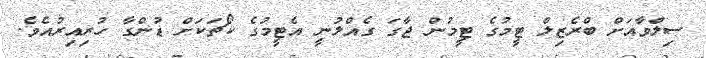
ސިލްވާއަށް ބްރެޒިލް ޓީމުގެ ޓީމުން ޖާގަ ގެއްލުނީ އެޓީމުގެ ކޯޗަކަށް ޑުންގާ ހުރިއިރުއެވެ.